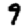
Digit: 9